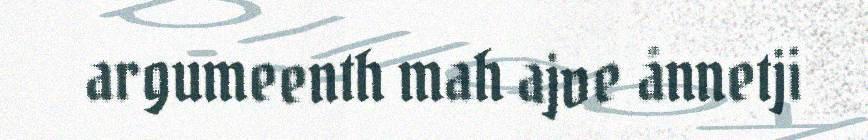
argumeenth mah ajve ånnetji